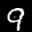
Label: 9